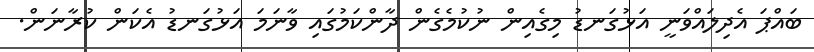
ބައްޕަ އެދިލައްވަނީ އަޅުގަނޑު މިގެއިން ނުކުމެގެން ދާންކަމުގައި ވާނަމަ އަޅުގަނޑު އެކަން ކުރާނަން.